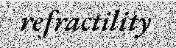
refractility